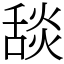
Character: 舕